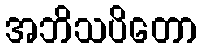
အဘိသပိတော